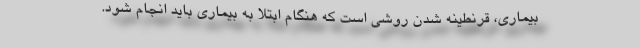
بیماری، قرنطینه شدن روشی است که هنگام ابتلا به بیماری باید انجام شود.